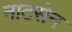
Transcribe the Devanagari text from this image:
नाटसेन